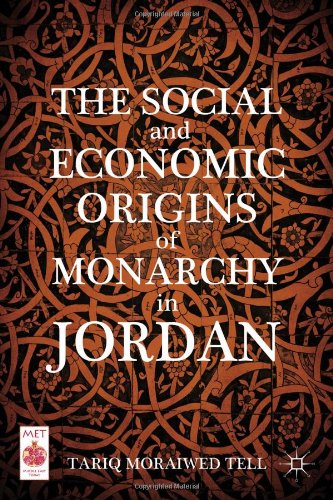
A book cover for The Social and Economic Origins of Monarchy in Jordan (Middle East Today); Tariq Moraiwed Tell; History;